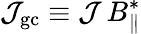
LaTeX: {\cal J}_{\mathrm{gc}}\equiv{\cal J}\, B_{\| }^{*}